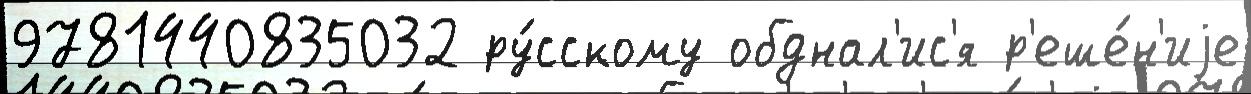
9781440835032 ру́сскому обднал'ис'я р'еше́н'иjе